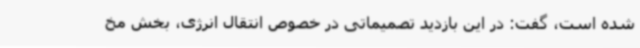
شده است، گفت: در این بازدید تصمیماتی در خصوص انتقال انرژی، بخش مخ